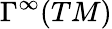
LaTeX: \Gamma^{\infty}(TM)